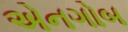
એનગોબ